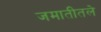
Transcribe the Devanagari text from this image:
जमातीतले